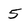
Character: 5